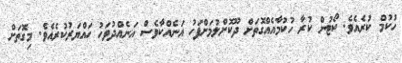
ހުކުމް ކުރެއެވެ. ކޯޓުން ކުރާ ހުކުމާއެއްގޮތަށް ދޫކޮށްލުމަށްފަހު އަނެއްކާވެސް އަނެއްދުވަހު ހައްޔަރުކުރެއެވެ. މިގޮތަށް